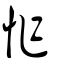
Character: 怍